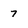
Character: 7